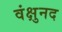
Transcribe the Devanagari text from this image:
वंक्षुनद